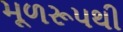
મૂળરૂપથી